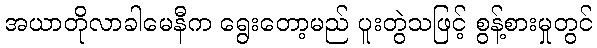
အယာတိုလာခါမေနီက ရွေးတော့မည် ပူးတွဲသဖြင့် စွန့်စားမှုတွင်